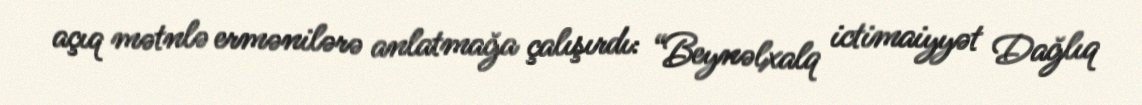
açıq mətnlə ermənilərə anlatmağa çalışırdı: “Beynəlxalq ictimaiyyət Dağlıq